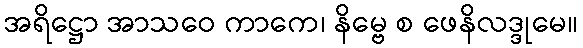
အရိဋ္ဌော အာသဝေ ကာကေ၊ နိမ္ဗေ စ ဖေနိလဒ္ဒုမေ။